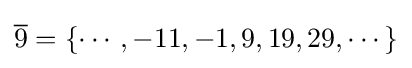
{\overline {9}}=\{\cdots ,-11,-1,9,19,29,\cdots \}